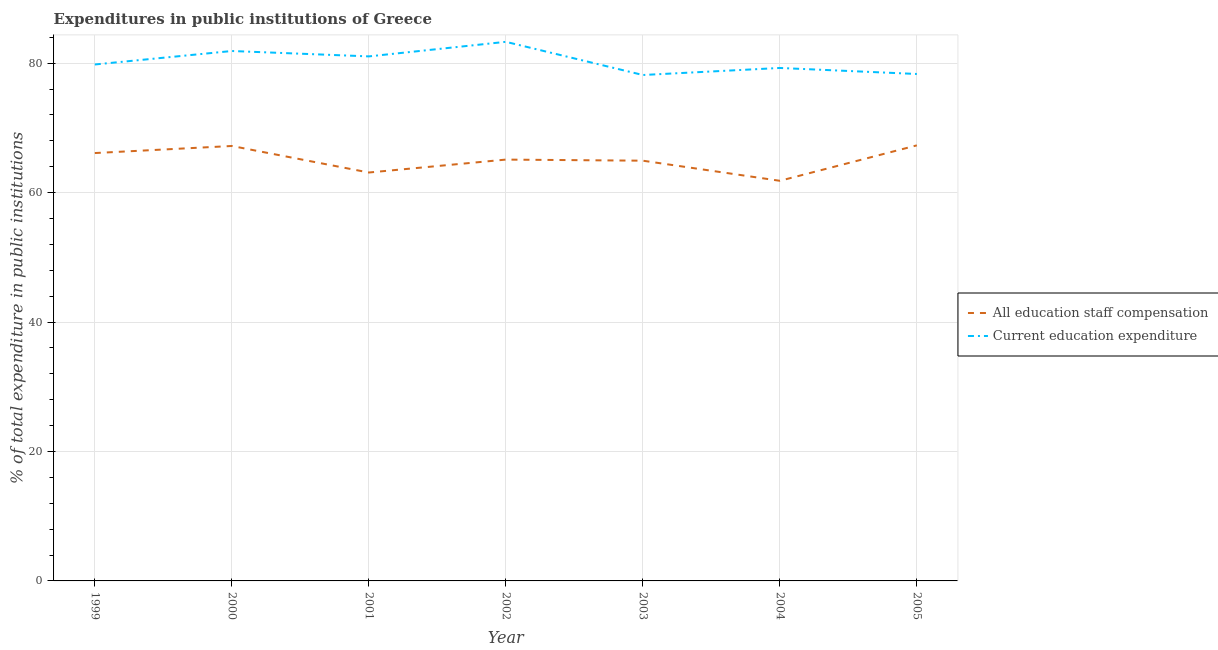
| Year | All education staff compensation | Current education expenditure |
 | --- | --- | --- |
 | 1999 | 66.1 | 79.8 |
 | 2000 | 67.2 | 81.9 |
 | 2001 | 63.1 | 81 |
 | 2002 | 65.1 | 83.3 |
 | 2003 | 64.9 | 78.2 |
 | 2004 | 61.8 | 79.3 |
 | 2005 | 67.3 | 78.3 |